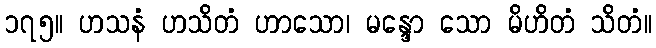
၁၇၅။ ဟသနံ ဟသိတံ ဟာသော၊ မန္ဒော သော မိဟိတံ သိတံ။